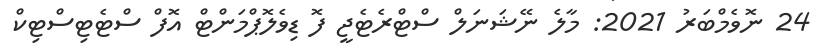
24 ނޮވެމްބަރު 2021: މާލެ ނޭޝަނަލް ސްޓްރެޓެޖީ ފޮ ޑިވެލޮޕްމަންޓް އޮފް ސްޓެޓިސްޓިކް